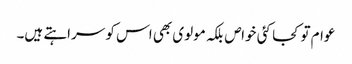
عوام تو کجا کئی خواص بلکہ مولوی بھی اس کو سراہتے ہیں۔